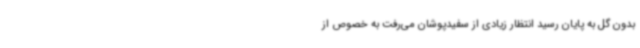
بدون گل به پایان رسید انتظار زیادی از سفیدپوشان می‌رفت به خصوص از